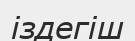
іздегіш